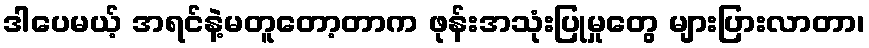
ဒါပေမယ့် အရင်နဲ့မတူတော့တာက ဖုန်းအသုံးပြုမှုတွေ များပြားလာတာ၊